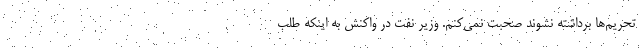
تحریم‌ها برداشته نشوند صحبت نمی‌کنم. وزیر نفت در واکنش به اینکه طلب